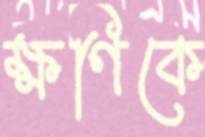
ক্ষণিকে